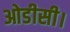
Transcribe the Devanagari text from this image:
ओडीसी।